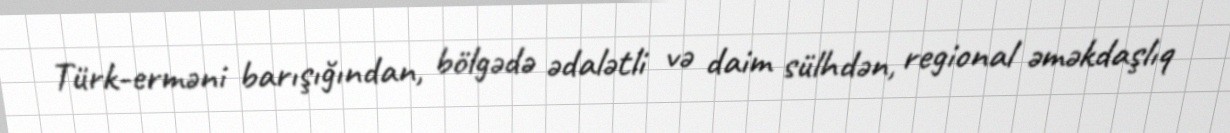
Türk-erməni barışığından, bölgədə ədalətli və daim sülhdən, regional əməkdaşlıq